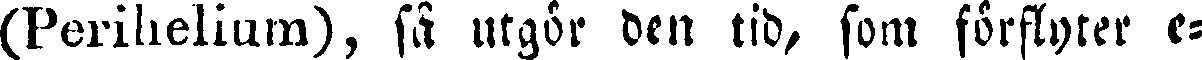
(Perihelium), så utgör den tid, som förflyter e-